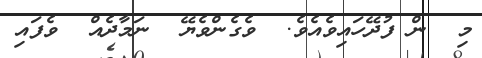
މި  ން ފުދޭހައިވެއެވެ.  ވެގެންވެޔޭ  ނަމާދެއް  ވެފައި